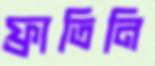
ফ্রাতিনি